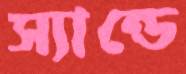
স্যান্ডে